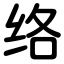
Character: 络